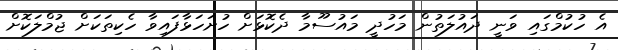
އެ ހުކުމްގައި ވަނީ ދައުލަތުން މަހުދީ މައުސޫމާ ދެކޮޅަށް ހުށަހަޅާފައިވާ ހެކިތަކަށް ޖުމްލަކޮށް